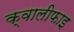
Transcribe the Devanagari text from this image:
क्वालीफाइ